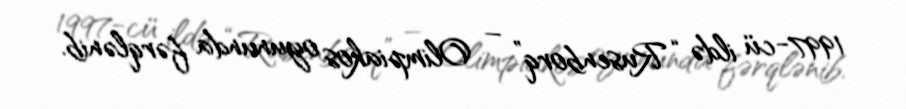
1997-cü ildə “Rusenborq” – Olimpiakos oyununda fərqlənib.